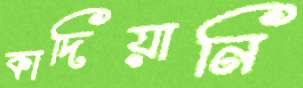
কাদিয়ানি